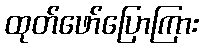
ထုတ်ဖော်ပြောကြား